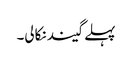
پہلے گیند نکالی۔